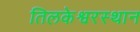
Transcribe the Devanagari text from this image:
तिलकेश्वरस्थान